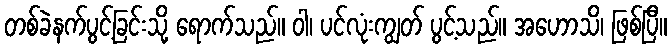
တစ်ခဲနက်ပွင့်ခြင်းသို့ ရောက်သည်။ ဝါ၊ ပင်လုံးကျွတ် ပွင့်သည်။ အဟောသိ၊ ဖြစ်ပြီ။